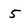
Character: 5